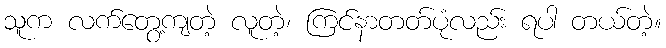
သူက လက်တွေ့ကျတဲ့ လူတဲ့၊ ကြင်နာတတ်ပုံလည်း ရပါ တယ်တဲ့။